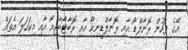
އޭގެ ފަހުން ރޮނާލްޑޯ އާއި ރޮނާލްޑީނިއޯ އާއި ރޮބާޓޯބާޖިއޯ އާއި މިކަހަލަ އެތައް